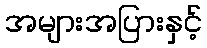
အများအပြားနှင့်